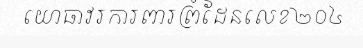
យោធាវរការពារព្រំដែនលេខ២០៤